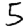
Digit: 5